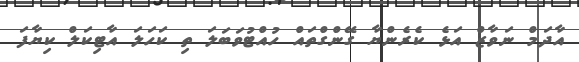
އާދަމް ނަވާޒް އަޅެ ކެރެންޔާ ގޭންގްތައް ހުއްޓުވަބަލަ ތި ކަހަލަ އާޓިކަލް ކިޔާފަ